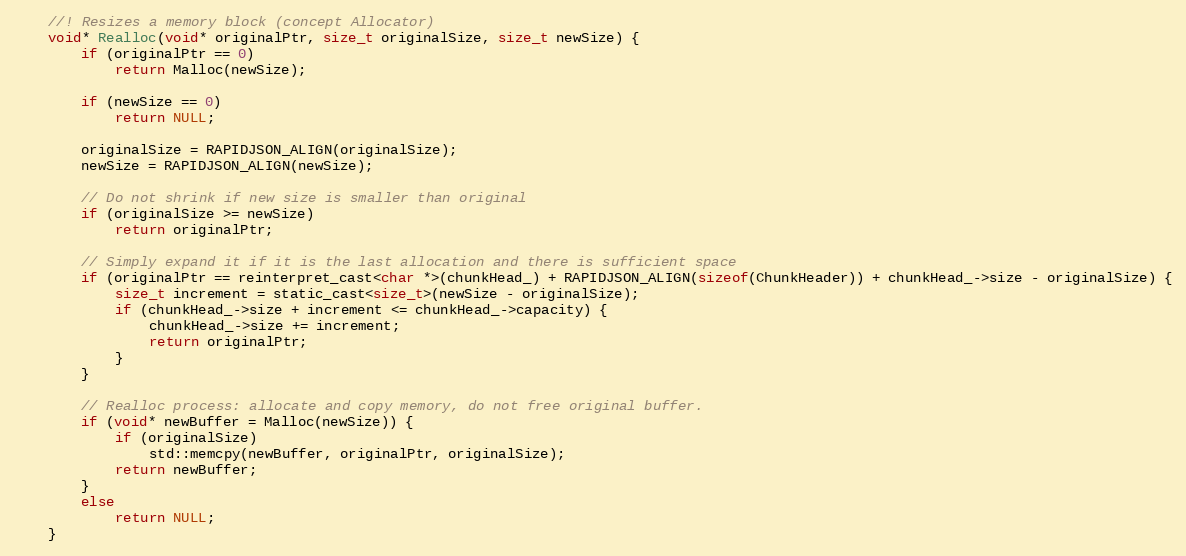
Language: C
    //! Resizes a memory block (concept Allocator)
    void* Realloc(void* originalPtr, size_t originalSize, size_t newSize) {
        if (originalPtr == 0)
            return Malloc(newSize);

        if (newSize == 0)
            return NULL;

        originalSize = RAPIDJSON_ALIGN(originalSize);
        newSize = RAPIDJSON_ALIGN(newSize);

        // Do not shrink if new size is smaller than original
        if (originalSize >= newSize)
            return originalPtr;

        // Simply expand it if it is the last allocation and there is sufficient space
        if (originalPtr == reinterpret_cast<char *>(chunkHead_) + RAPIDJSON_ALIGN(sizeof(ChunkHeader)) + chunkHead_->size - originalSize) {
            size_t increment = static_cast<size_t>(newSize - originalSize);
            if (chunkHead_->size + increment <= chunkHead_->capacity) {
                chunkHead_->size += increment;
                return originalPtr;
            }
        }

        // Realloc process: allocate and copy memory, do not free original buffer.
        if (void* newBuffer = Malloc(newSize)) {
            if (originalSize)
                std::memcpy(newBuffer, originalPtr, originalSize);
            return newBuffer;
        }
        else
            return NULL;
    }